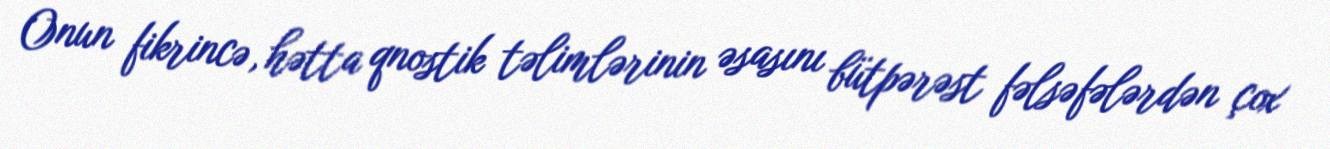
Onun fikrincə, hətta qnostik təlimlərinin əsasını bütpərəst fəlsəfələrdən çox